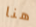
هنا